Report on the nature of kala-azar
Disease focus: Kala-Azar
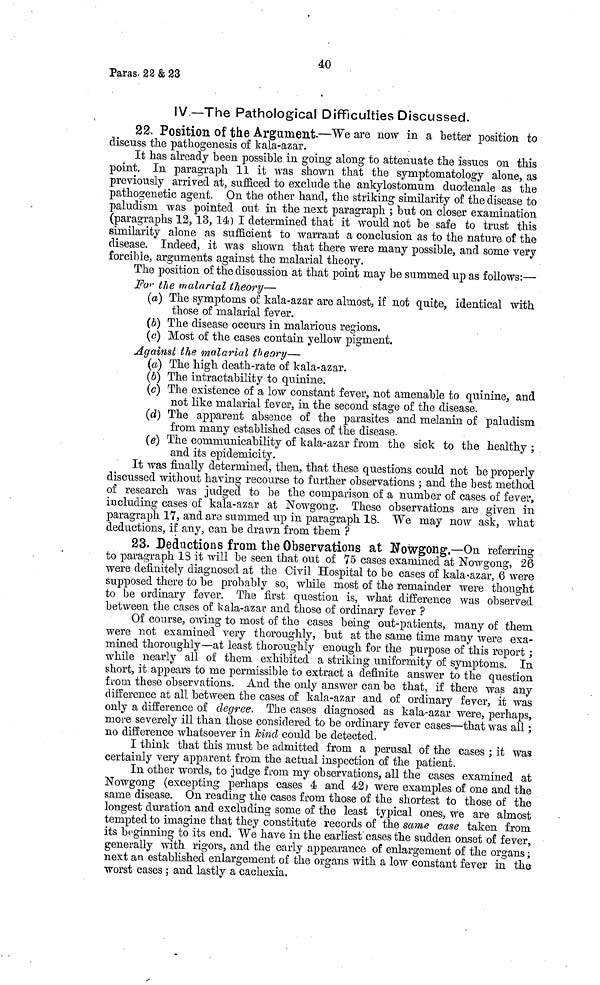
40
Paras. 22 & 23
IV—The Pathological Difficulties Discussed.
22. Position of the Argument.—We are now in a better position to
discuss the pathogenesis of kala-azar.
It has already been possible in going along to attenuate the issues on this
point. In paragraph 11 it was shown that the symptomatology alone, as
previously arrived at, sufficed to exclude the ankylostomum duodenale as the
pathogenetic agent. On the other hand, the striking similarity of the disease to
paludism was pointed out in the next paragraph ; but on closer examination
(paragraphs 12, 13, 14) I determined that it would not be safe to trust this
similarity alone as sufficient to warrant a conclusion as to the nature of the
disease. Indeed, it was shown that there were many possible, and some very
forcible, arguments against the malarial theory.
The position of the discussion at that point may be summed up as follows:—
For the malarial theory—
(a) The symptoms of kala-azar are almost, if not quite, identical with
those of malarial fever.
(b) The disease occurs in malarious regions.
(c) Most of the cases contain yellow pigment.
Against the malarial theory—
(a) The high death-rate of kala-azar.
(b) The intractability to quinine.
(c) The existence of a low constant fever, not amenable to quinine, and
not like malarial fever, in the second stage of the disease.
(d) The apparent absence of the parasites and melanin of paludism
from many established cases of the disease.
(e) The communicability of kala-azar from the sick to the healthy ;
and its epidemicity.
It was finally determined, then, that these questions could not be properly
discussed without having recourse to farther observations ; and the best method
of research was judged to be the comparison of a number of cases of fever,
including cases of kala-azar at Nowgong. These observations are given in
paragraph 17, and are summed up in paragraph 18. We may now ask, what
deductions, if any, can be drawn from them ?
23. Deductions from the Observations at Nowgong.—On referring
to paragraph 18 it will be seen that out of 75 cases examined at Nowgong, 26
were definitely diagnosed at the Civil Hospital to be cases of kala-azar, 6 were
supposed there to be probably so, while most of the remainder were thought
to be ordinary fever. The first question is, what difference was observed
between the cases of kala-azar and those of ordinary fever ?
Of course, owing to most of the cases being out-patients, many of them
were not examined very thoroughly, but at the same time many were exa-
mined thoroughly—at least thoroughly enough for the purpose of this report ;
while nearly all of them exhibited a striking uniformity of symptoms. In
short, it appears to me permissible to extract a definite answer to the question
from these observations. And the only answer can be that, if there was any
difference at all between the cases of kala-azar and of ordinary fever, it was
only a difference of degree. The cases diagnosed as kala-azar were, perhaps,
more severely ill than those considered to be ordinary fever cases—that was all ;
no difference whatsoever in kind could be detected.
I think that this must be admitted from a perusal of the cases ; it was
certainly very apparent from the actual inspection of the patient.
In other words, to judge from my observations, all the cases examined at
Nowgong (excepting perhaps cases 4 and 42 ) were examples of one and the
same disease. On reading the cases from those of the shortest to those of the
longest duration and excluding some of the least typical ones, we are almost
tempted to imagine that they constitute records of the same case taken from
its beginning to its end. We have in the earliest cases the sudden onset of fever,
generally with rigors, and the early appearance of enlargement of the organs ;
next an established enlargement of the organs with a low constant fever in the
worst cases ; and lastly a cachexia.